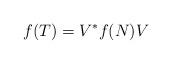
LaTeX: \begin{align*}f(T)=V^*f(N)V\end{align*}